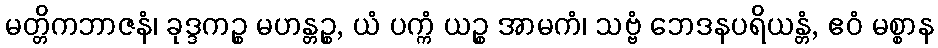
မတ္တိကဘာဇနံ၊ ခုဒ္ဒကဉ္စ မဟန္တဉ္စ, ယံ ပက္ကံ ယဉ္စ အာမကံ၊ သဗ္ဗံ ဘေဒနပရိယန္တံ, ဧဝံ မစ္စာန